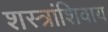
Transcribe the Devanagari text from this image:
शस्त्रांशिवाय